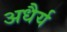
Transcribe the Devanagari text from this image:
अधैर्य